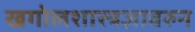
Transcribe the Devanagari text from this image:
खगोलशास्त्रज्ञावरुन